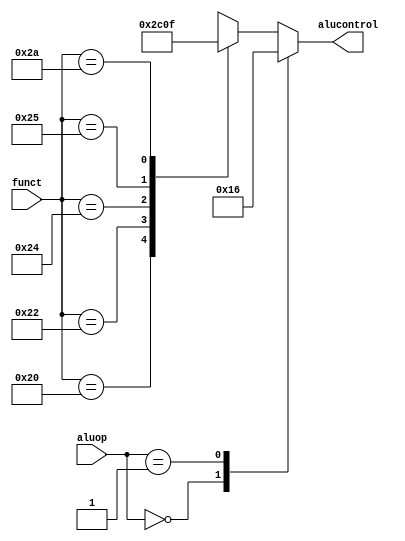
module aludec (   
// declare two selects based off the call
input   [5:0] funct,               
input   [1:0] aluop,               
output reg [2:0] alucontrol );  

always @ (*)

case (aluop)
//first function select is bases not in R-Type
2'b00: alucontrol <= 3'b010; // add
2'b01: alucontrol <= 3'b110; // sub
//Secound function select IS based off R-Type 'op'
default: case(funct) 
6'b100000: alucontrol <= 3'b010; // add r-rypte
6'b100010: alucontrol <= 3'b110; // sub r-rypte
6'b100100: alucontrol <= 3'b000; // and
6'b100101: alucontrol <= 3'b001; // or
6'b101010: alucontrol <= 3'b111; // stl

default: alucontrol <= 3'bxxx; // I DONT KNOW
endcase
endcase

endmodule